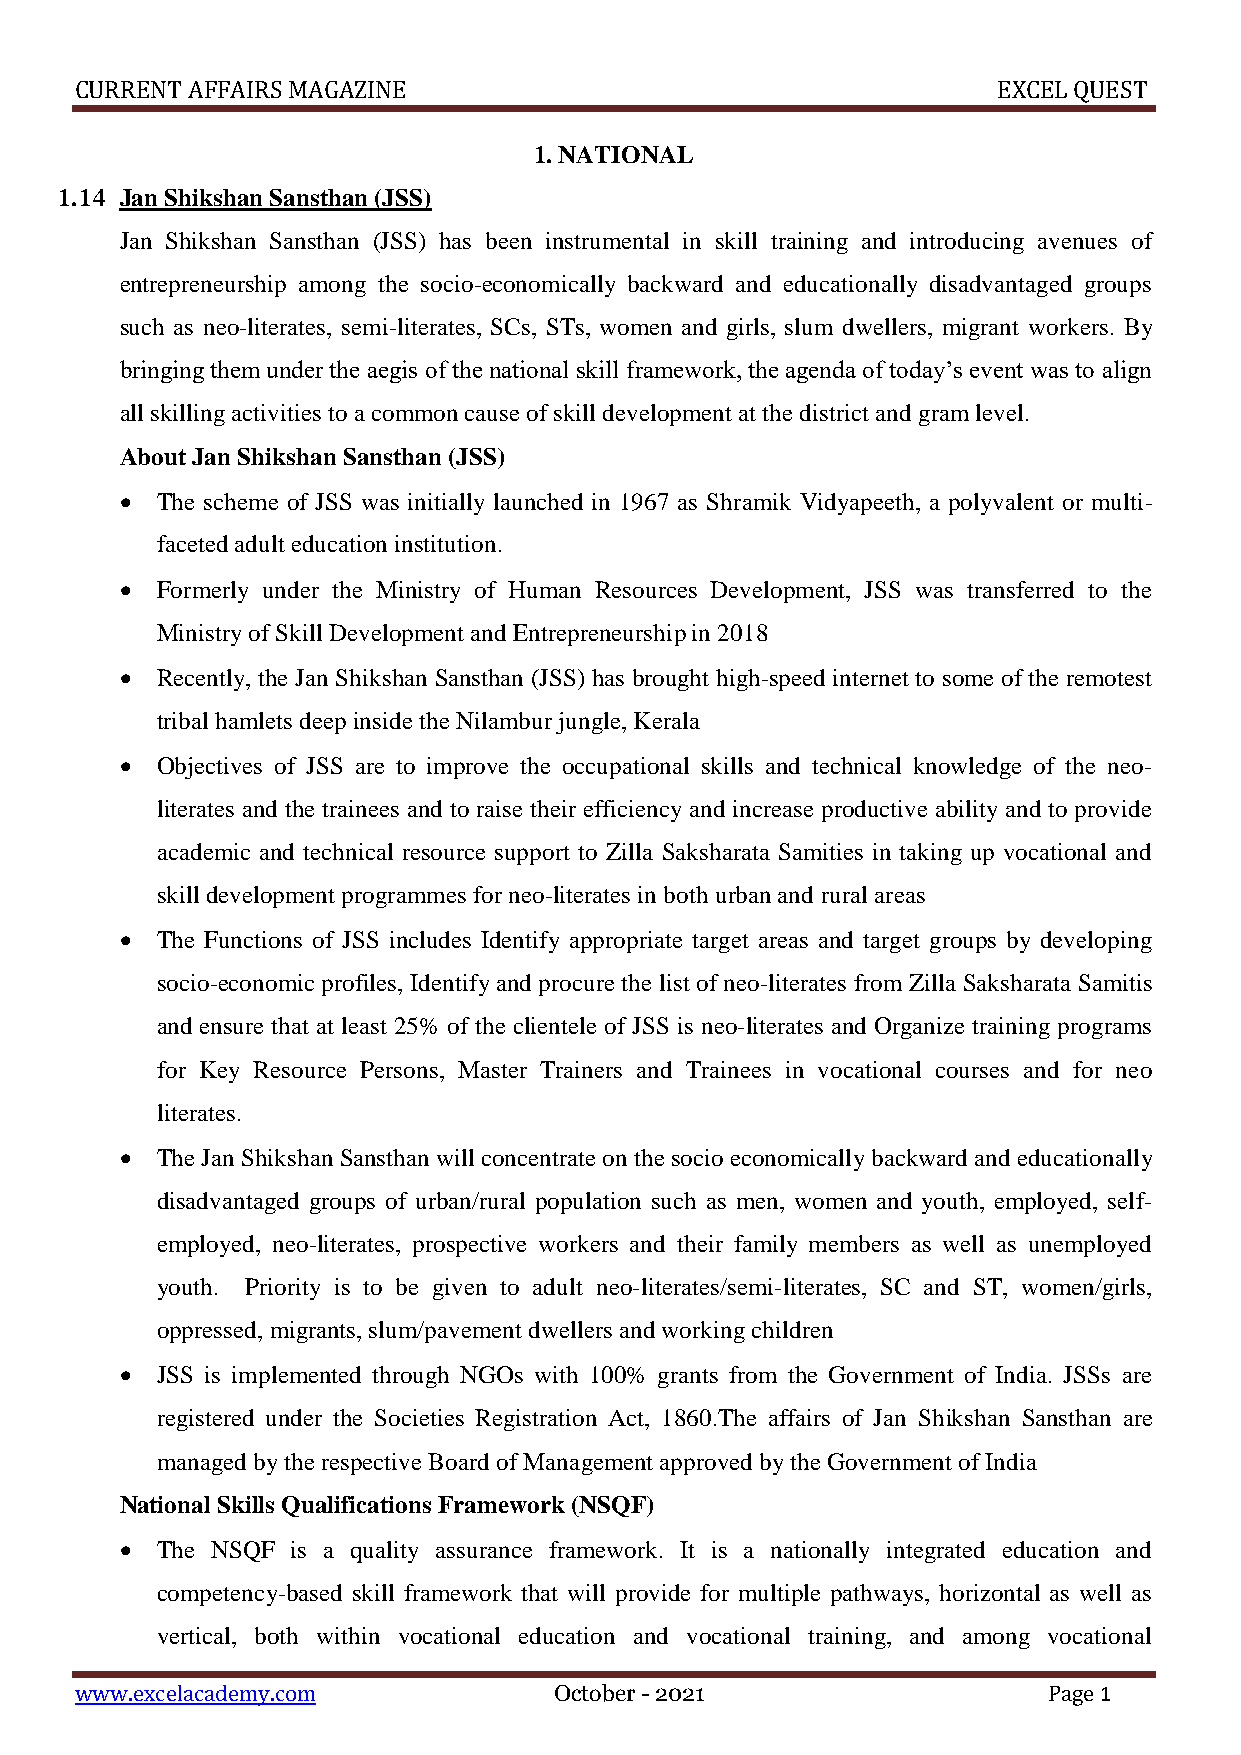
CURRENT AFFAIRS MAGAZINE                                     EXCEL QUEST
 1. NATIONAL
 1.14 Jan Shikshan Sansthan (JSS)
 Jan Shikshan Sansthan (JSS) has been instrumental in skill training and introducing avenues of
 entrepreneurship among the socio-economically backward and educationally disadvantaged groups
 such as neo-literates, semi-literates, SCs, STs, women and girls, slum dwellers, migrant workers. By
 bringing them under the aegis of the national skill framework, the agenda of today’s event was to align
 all skilling activities to a common cause of skill development at the district and gram level.
 About Jan Shikshan Sansthan (JSS)
  The scheme of JSS was initially launched in 1967 as Shramik Vidyapeeth, a polyvalent or multi-
 faceted adult education institution.
  Formerly under the Ministry of Human Resources Development, JSS was transferred to the
 Ministry of Skill Development and Entrepreneurship in 2018
  Recently, the Jan Shikshan Sansthan (JSS) has brought high-speed internet to some of the remotest
 tribal hamlets deep inside the Nilambur jungle, Kerala
  Objectives of JSS are to improve the occupational skills and technical knowledge of the neo-
 literates and the trainees and to raise their efficiency and increase productive ability and to provide
 academic and technical resource support to Zilla Saksharata Samities in taking up vocational and
 skill development programmes for neo-literates in both urban and rural areas
  The Functions of JSS includes Identify appropriate target areas and target groups by developing
 socio-economic profiles, Identify and procure the list of neo-literates from Zilla Saksharata Samitis
 and ensure that at least 25% of the clientele of JSS is neo-literates and Organize training programs
 for Key Resource Persons, Master Trainers and Trainees in vocational courses and for neo
 literates.
  The Jan Shikshan Sansthan will concentrate on the socio economically backward and educationally
 disadvantaged groups of urban/rural population such as men, women and youth, employed, self-
 employed, neo-literates, prospective workers and their family members as well as unemployed
 youth. Priority is to be given to adult neo-literates/semi-literates, SC and ST, women/girls,
 oppressed, migrants, slum/pavement dwellers and working children
  JSS is implemented through NGOs with 100% grants from the Government of India. JSSs are
 registered under the Societies Registration Act, 1860.The affairs of Jan Shikshan Sansthan are
 managed by the respective Board of Management approved by the Government of India
 National Skills Qualifications Framework (NSQF)
  The NSQF is a quality assurance framework. It is a nationally integrated education and
 competency-based skill framework that will provide for multiple pathways, horizontal as well as
 vertical, both within vocational education and vocational training, and among vocational
 www.excelacademy.com            October - 2021                  Page 1